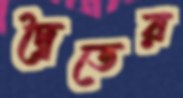
দ্বৈতের